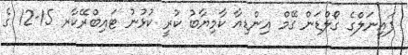
ފައިނަލްގެ ގޯލްޑަން ގޭމް އިންޑިއާ ކާމިޔާބު ކުރީ ކުޅުނު ޓައިބްރޭކާރ 15-12 ގެ